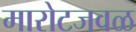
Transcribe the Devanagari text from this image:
मारोटजवळ